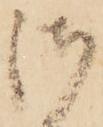
御